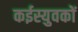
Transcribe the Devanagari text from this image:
कईस्युवकों